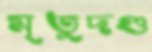
মৃতুদণ্ড